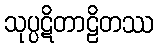
သုပ္ပဋိတာဠိတဿ